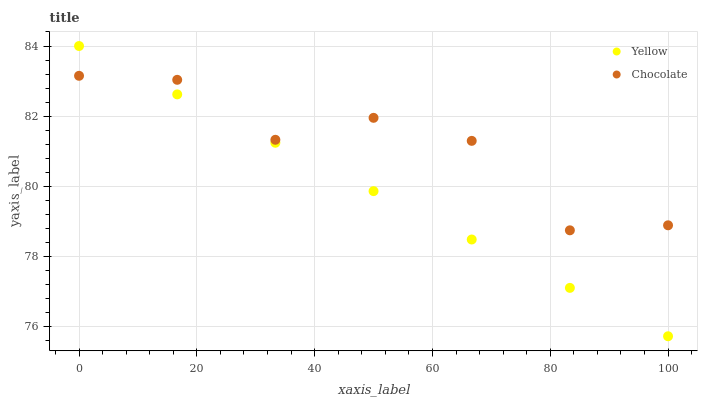
| xaxis_label | Yellow | Chocolate |
 | --- | --- | --- |
 | 0 | 84 | 83.2 |
 | 16.7 | 82.6 | 83 |
 | 33.3 | 81.2 | 81.3 |
 | 50 | 79.9 | 82 |
 | 66.7 | 78.5 | 81.3 |
 | 83.3 | 77.1 | 78.7 |
 | 100 | 75.7 | 78.9 |